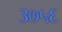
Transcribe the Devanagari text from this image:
३७५६